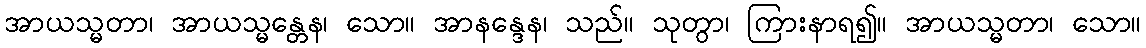
အာယသ္မတာ၊ အာယသ္မန္တေန၊ သော။ အာနန္ဒေန၊ သည်။ သုတွာ၊ ကြားနာရ၍။ အာယသ္မတာ၊ သော။